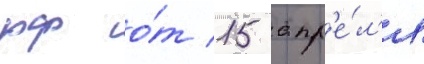
рф о́т 15 апр'е́л'я